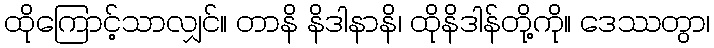
ထိုကြောင့်သာလျှင်။ တာနိ နိဒါနာနိ၊ ထိုနိဒါန်တို့ကို။ ဒေဿတွာ၊